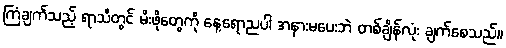
ကြံချက်သည့် ရာသီတွင် မိးဖိုတွေကို နေ့ရောညပါ အနားမပေးဘဲ တစ်ချိန်လုံး ချက်စေသည်။